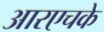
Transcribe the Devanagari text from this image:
आरएचके